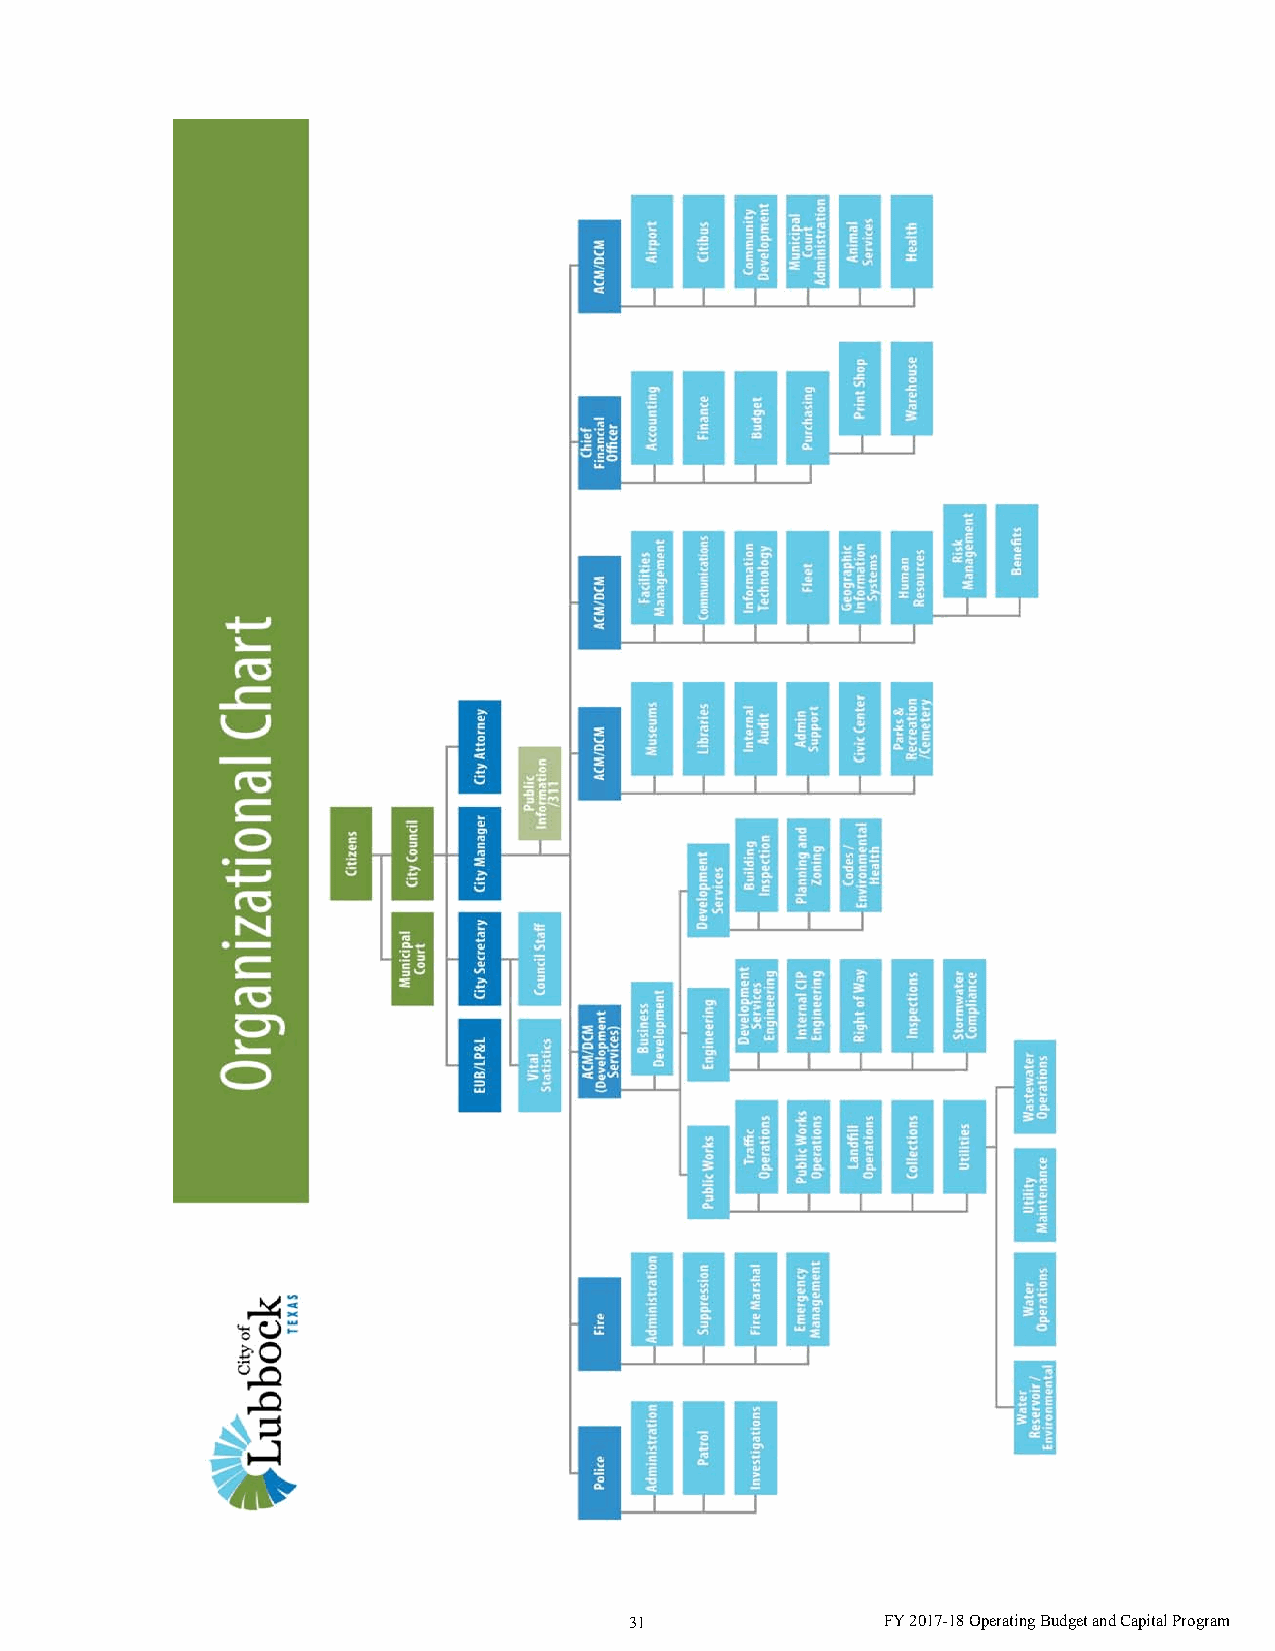
31               FY 2017-18 Operating Budget and Capital Program